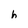
Character: h